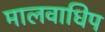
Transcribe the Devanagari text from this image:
मालवाधिप